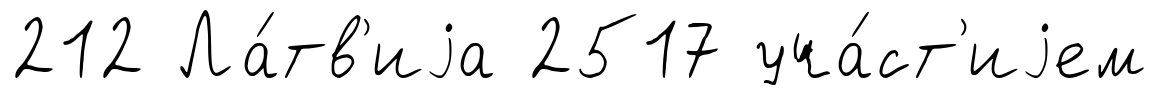
212 Ла́тв'иjа 2517 уча́ст'иjем